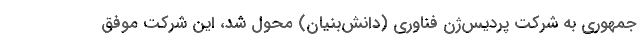
جمهوری به شركت پردیس‌ژن فناوری (دانش‌بنیان) محول شد، این شركت موفق